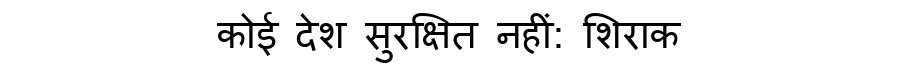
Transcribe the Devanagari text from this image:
कोई देश सुरक्षित नहीं: शिराक